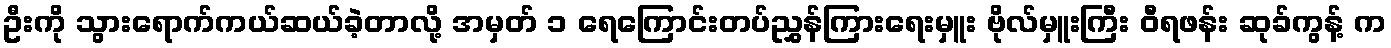
ဦးကို သွားရောက်ကယ်ဆယ်ခဲ့တာလို့ အမှတ် ၁ ရေကြောင်းတပ်ညွှန်ကြားရေးမှူး ဗိုလ်မှူးကြီး ဝီရဖန်း ဆုခ်ကွန့် က